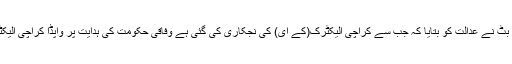
دوران سماعت اٹارنی جنرل آف پاکستان سلمان بٹ نے عدالت کو بتایا کہ جب سے کراچی الیکٹرک(کے ای) کی نجکاری کی گئی ہے وفاقی حکومت کی ہدایت پر واپڈا کراچی الیکٹرک کو 650میگاواٹ بجلی فراہم کر رہا ہے ۔